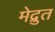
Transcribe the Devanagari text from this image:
मेद्रुत